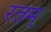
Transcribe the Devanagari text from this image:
रतम्